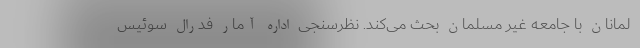
لمانان با جامعه غیر مسلمان بحث می‌کند. نظرسنجی اداره آمار فدرال سوئیس